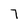
Character: 7